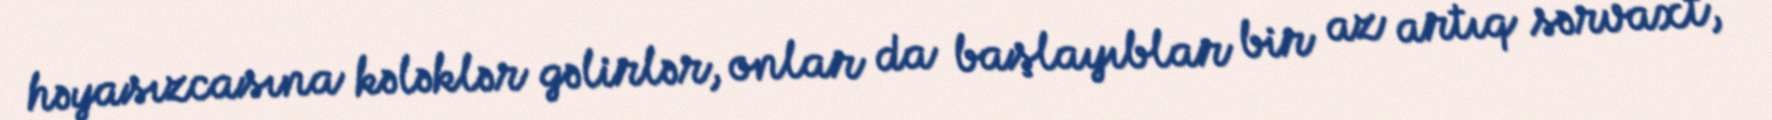
həyasızcasına kələklər gəlirlər, onlar da başlayıblar bir az artıq sərvaxt,